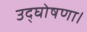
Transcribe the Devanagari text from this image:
उद्घोषणा।